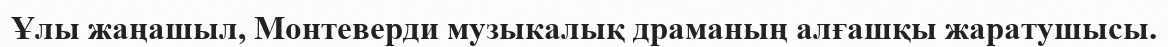
Ұлы жаңашыл, Монтеверди музыкалық драманың алғашқы жаратушысы.